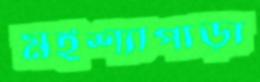
মইশ্যাপাড়া